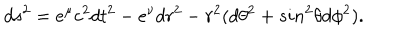
d s ^ { 2 } = e ^ { \mu } c ^ { 2 } d t ^ { 2 } - e ^ { \nu } d r ^ { 2 } - r ^ { 2 } ( d \theta ^ { 2 } + s i n ^ { 2 } \theta d \phi ^ { 2 } ) .